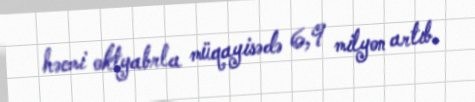
həcmi oktyabrla müqayisədə 6,9 milyon artıb.